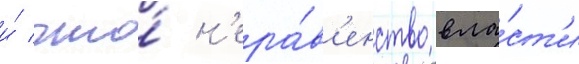
и́ что́ н'ера́в'енство вла́ст'и